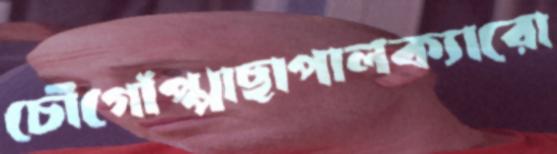
চৌগোঁপ্পাছাপালক্যারো